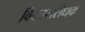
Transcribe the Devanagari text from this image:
विकासरोधक